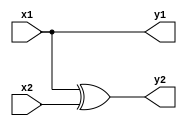
`timescale 1ns / 1ps
module cnot(
    input x1,
    input x2,
    output y1,
    output y2
    );

assign y1 = x1;
assign y2 = x1^x2;

endmodule